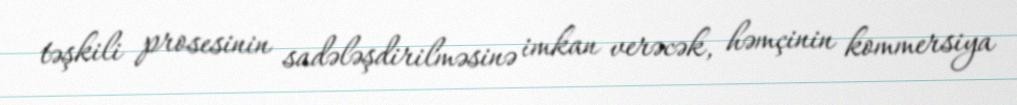
təşkili prosesinin sadələşdirilməsinə imkan verəcək, həmçinin kommersiya